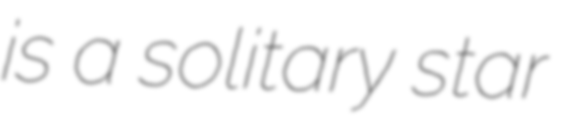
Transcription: is a solitary star